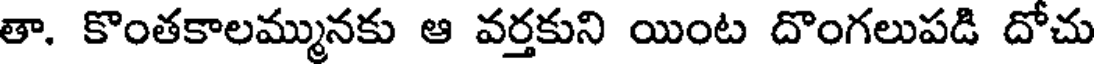
తా. కొంతకాలమ్మునకు ఆ వర్తకుని యింట దొంగలుపడి దోచు